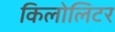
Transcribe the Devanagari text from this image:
किलोलिटर